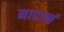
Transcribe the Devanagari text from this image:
नादानं